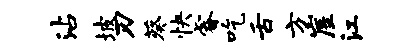
沾坡刃葵快睿吃舌方崖江